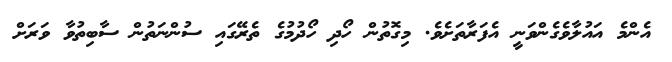
އެންމެ އައުލާވެގެންވަނީ އެފަރާތަށެވެ. މިގޮތުން ހޯދި ހޯދުމުގެ ތެރޭގައި ސުންނަތުން ސާބިތުވާ ވަރަށް